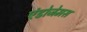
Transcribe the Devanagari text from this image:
एंडोजेमस